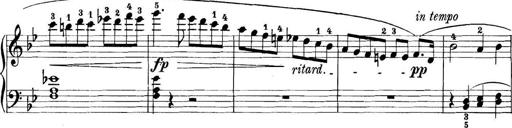
Title: 11 Sonatinas
Composer: Anton Diabelli